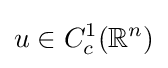
u\in C_{c}^{1}(\mathbb {R} ^{n})